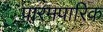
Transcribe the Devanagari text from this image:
पारमपारिक